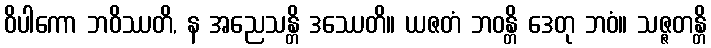
ဝိပါကော ဘဝိဿတိ, န အညေသန္တိ ဒဿေတိ။ ယဇတံ ဘဝန္တိ ဒေတု ဘဝံ။ သဇ္ဇတန္တိ